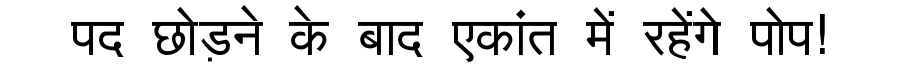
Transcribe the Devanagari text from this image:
पद छोड़ने के बाद एकांत में रहेंगे पोप!